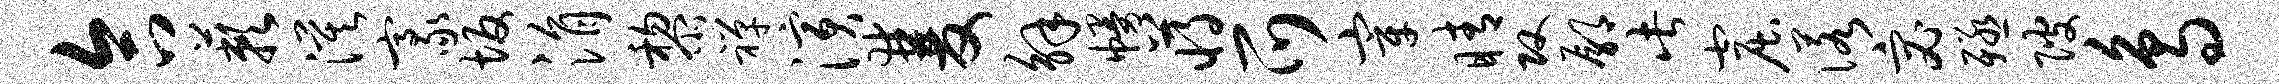
合蔌漠豪坂涓黎禅演双解幔蒋爪宰睛攻鄢此窟诺宓殛陂鸟